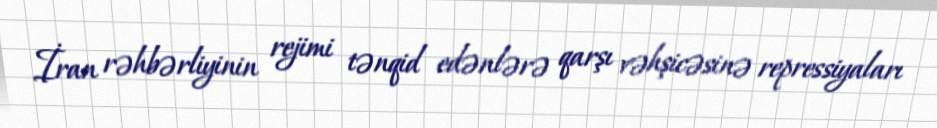
İran rəhbərliyinin rejimi tənqid edənlərə qarşı vəhşicəsinə repressiyaları